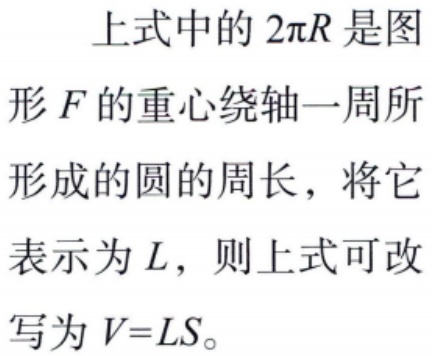
上式中的 \(2\pi R\) 是图形 \(F\) 的重心绕轴一周所形成的圆的周长，将它表示为 \(L\)，则上式可改写为 \(V = LS\)。